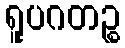
ရူပဂတဉ္စ